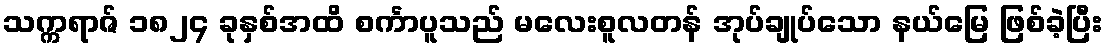
သက္ကရာဇ် ၁၈၂၄ ခုနှစ်အထိ စင်္ကာပူသည် မလေးစူလတန် အုပ်ချုပ်သော နယ်မြေ ဖြစ်ခဲ့ပြီး